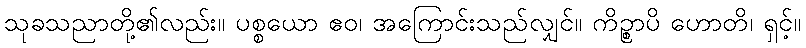
သုခသညာတို့၏လည်း။ ပစ္စယော ဧဝ၊ အကြောင်းသည်လျှင်။ ကိဉ္စာပိ ဟောတိ၊ ရှင့်။